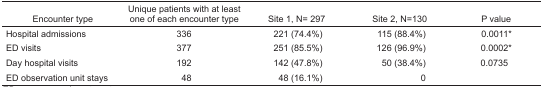
<table><thead><tr><td><b>Encounter type</b></td><td><b>Unique patients with at least one of each encounter type</b></td><td><b>Site 1, N= 297</b></td><td><b>Site 2, N=130</b></td><td><b>P value</b></td></tr></thead><tbody><tr><td>Hospital admissions</td><td>336</td><td>221 (74.4%)</td><td>115 (88.4%)</td><td>0.0011*</td></tr><tr><td>ED visits</td><td>377</td><td>251 (85.5%)</td><td>126 (96.9%)</td><td>0.0002*</td></tr><tr><td>Day hospital visits</td><td>192</td><td>142 (47.8%)</td><td>50 (38.4%)</td><td>0.0735</td></tr><tr><td>ED observation unit stays</td><td>48</td><td>48 (16.1%)</td><td>0</td><td></td></tr></tbody></table>